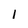
Character: 1